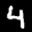
Label: 4